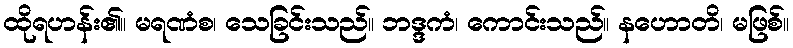
ထိုရဟန်း၏။ မရဏံစ၊ သေခြင်းသည်။ ဘဒ္ဒကံ၊ ကောင်းသည်။ နဟောတိ၊ မဖြစ်။